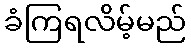
ခံကြရလိမ့်မည်